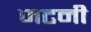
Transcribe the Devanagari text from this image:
जटनी